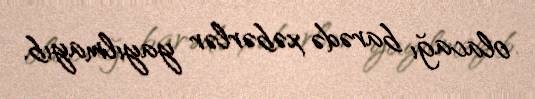
olacağı barədə xəbərlər yayılmayıb.